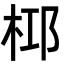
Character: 桏